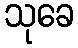
သုခေ